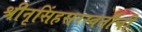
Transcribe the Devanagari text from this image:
श्रीनृसिंहसरस्वतींची